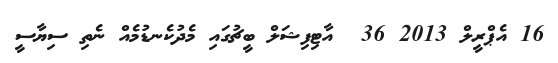
16 އެޕްރީލް 2013 36  އާޓިފިޝަލް ބީޗުގައި މެދުކެނޑުމެއް ނެތި ސިޔާސީ